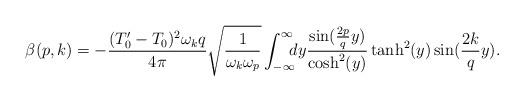
LaTeX: \begin{align*}\beta(p,k)=-\frac{(T'_0-T_0)^2\omega_k q}{4\pi} \sqrt{\frac{1}{\omega_k\omega_p}}\int_{-\infty}^{\infty}\!\!\!dy \frac{\sin(\frac{2p}{q}y)}{{\rm cosh}^2(y)}\tanh^2(y)\sin(\frac{2k}{q}y).\end{align*}